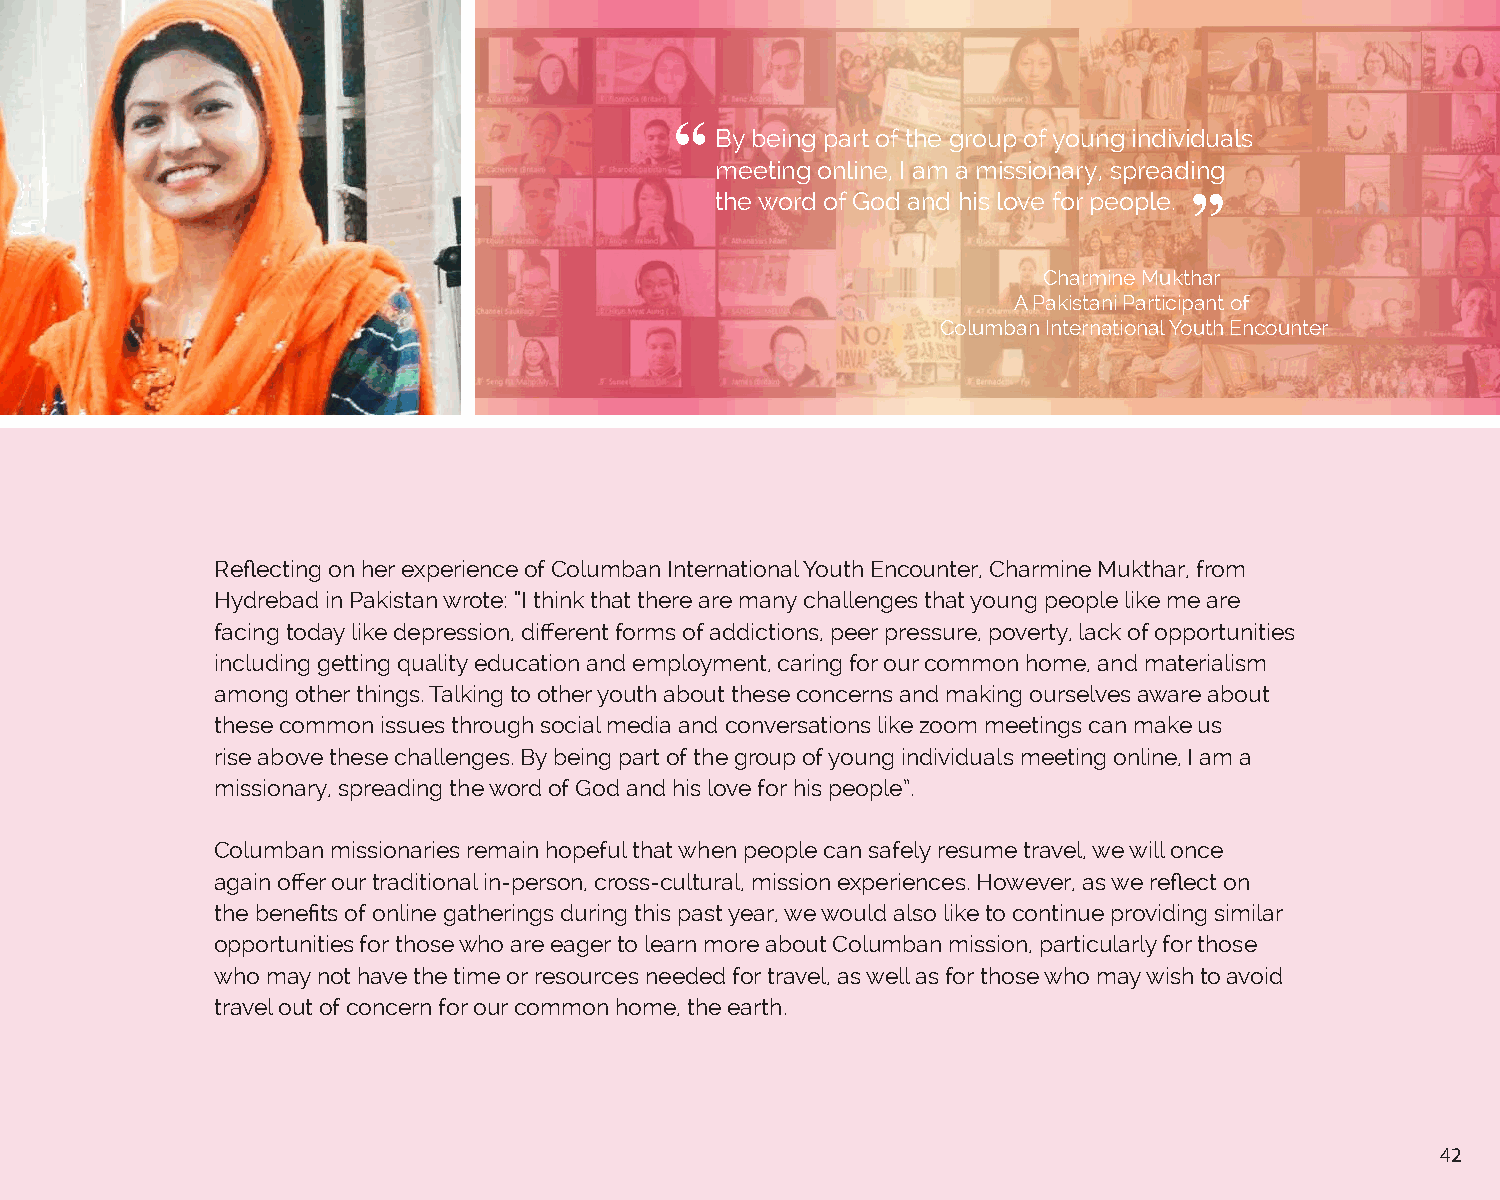
By being part of the group of young individuals
 meeting online, I am a missionary, spreading
 the word of God and his love for people.
 Charmine Mukthar
 A Pakistani Participant of
 Columban International Youth Encounter
 Reflecting on her experience of Columban International Youth Encounter, Charmine Mukthar, from
 Hydrebad in Pakistan wrote: “I think that there are many challenges that young people like me are
 facing today like depression, different forms of addictions, peer pressure, poverty, lack of opportunities
 including getting quality education and employment, caring for our common home, and materialism
 among other things. Talking to other youth about these concerns and making ourselves aware about
 these common issues through social media and conversations like zoom meetings can make us
 rise above these challenges. By being part of the group of young individuals meeting online, I am a
 missionary, spreading the word of God and his love for his people”.
 Columban missionaries remain hopeful that when people can safely resume travel, we will once
 again offer our traditional in-person, cross-cultural, mission experiences. However, as we reflect on
 the benefits of online gatherings during this past year, we would also like to continue providing similar
 opportunities for those who are eager to learn more about Columban mission, particularly for those
 who may not have the time or resources needed for travel, as well as for those who may wish to avoid
 travel out of concern for our common home, the earth.
 42